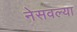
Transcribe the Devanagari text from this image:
नेसवल्या